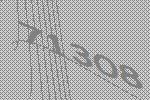
71308